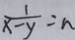
\frac { 1 } { x - y } = n